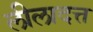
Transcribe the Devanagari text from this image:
लीलादत्त